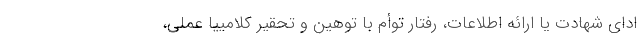
ادای شهادت یا ارائه اطلاعات، رفتار توأم با توهین و تحقیر کلامییا عملی،